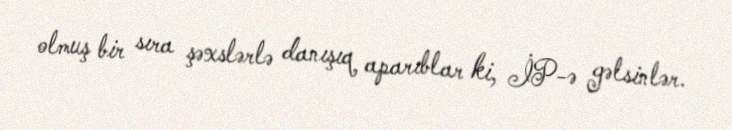
olmuş bir sıra şəxslərlə danışıq aparıblar ki, İP-ə gəlsinlər.